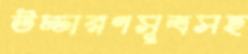
উচ্চারণসূত্রসহ